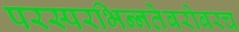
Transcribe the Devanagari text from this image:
परस्‍परभिन्‍नतेबरोबरच